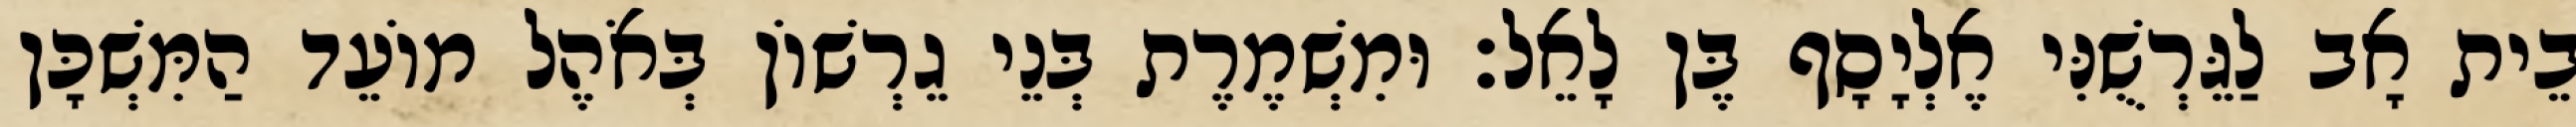
בֵית אָב לַגֵּרְשֻׁנִּי אֶלְיָסָף בֶּן לָאֵל׃ וּמִשְׁמֶרֶת בְּנֵי גֵרְשׁוֹן בְּאֹהֶל מוֹעֵד הַמִּשְׁכָּן